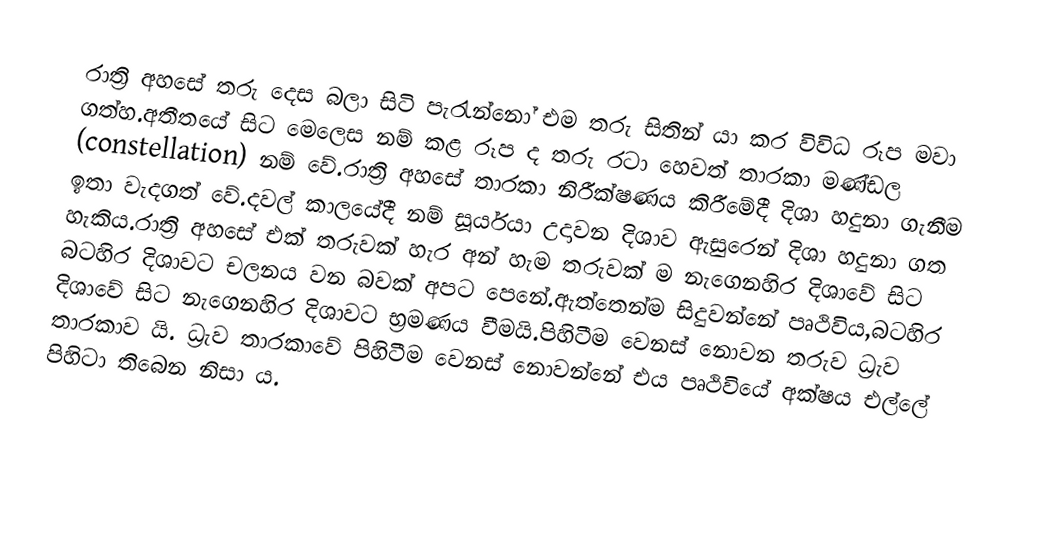
රාත්‍රි අහසේ තරු දෙස බලා සිටි පැරැන්නෝ එම තරු සිතින් යා කර විවිධ රූප මවා ගත්හ.අතීතයේ සිට මෙලෙස නම් කළ රූප ද තරු රටා හෙවත් තාරකා මණ්ඩල (constellation) නම් වේ.රාත්‍රි අහසේ තාරකා නිරීක්ෂණය කිරීමේදී දිශා හදුනා ගැනීම ඉතා වැදගත් වේ.දවල් කාලයේදී නම් සූර්යයා උදාවන දිශාව ඇසුරෙන් දිශා හදුනා ගත හැකිය.රාත්‍රි අහසේ එක් තරුවක් හැර අන් හැම තරුවක් ම නැගෙනහිර දිශාවේ සිට බටහිර දිශාවට චලනය වන බවක්  අපට පෙනේ.ඇත්තෙන්ම සිදුවන්නේ පෘථිවිය,බටහිර දිශාවේ සිට නැගෙනහිර දිශාවට භ්‍රමණය වීමයි.පිහිටීම වෙනස් නොවන තරුව ධ්‍රැව තාරකාව යි. ධ්‍රැව තාරකාවේ පිහිටීම වෙනස් නොවන්නේ එය පෘථිවියේ අක්ෂය එල්ලේ පිහිටා තිබෙන නිසා ය.